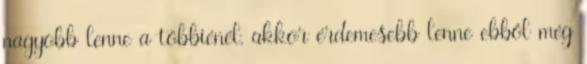
nagyobb lenne a többiénél, akkor érdemesebb lenne ebből még